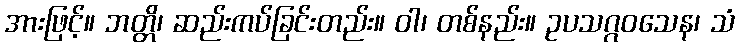
အားဖြင့်။ ဘတ္တိ၊ ဆည်းကပ်ခြင်းတည်း။ ဝါ၊ တစ်နည်း။ ဥပသဂ္ဂဝသေန၊ သံ